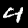
Label: 4